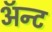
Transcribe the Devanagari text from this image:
ॲन्ट